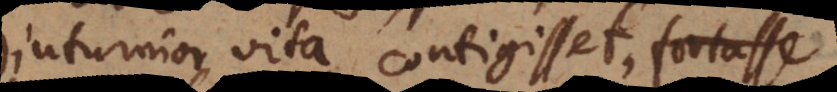
diuturnior vita contigisset, haud